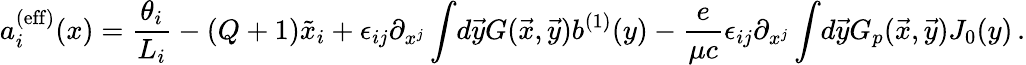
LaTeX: a_{i}^{(\mathrm{eff})}(x)={\frac{\theta_{i}}{L_{i}}}-(Q+1)\tilde{x}_{i}+\epsilon_{ij}\partial_{x^{j}}\int\! d\vec{y}G(\vec{x},\vec{y})b^{(1)}(y)-{\frac{e}{\mu c}}\epsilon_{ij}\partial_{x^{j}}\int\! d\vec{y}G_{p}(\vec{x},\vec{y})J_{0}(y)\, .